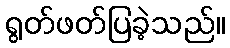
ရွတ်ဖတ်ပြခဲ့သည်။